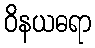
ဝိနယဓရာ